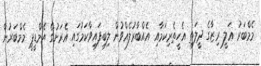
މެމްބަރު ޢަލީ ރިޒާގެ ދީލަތި އެހީތެރިކަމާއި އެއްބާރުލެއްވުން ލިބިފައިވާކަމުގައި އެރަށުގެ އެމްޑީޕީ މެމްބަރުން